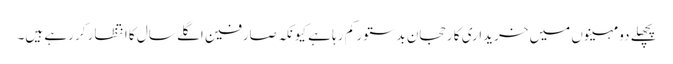
پچھلے دو مہینوں میں خریداری کا رحجان بدستور کم رہا ہے کیونکہ صارفین اگلے سال کا انتظار کر رہے ہیں۔